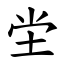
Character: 坣